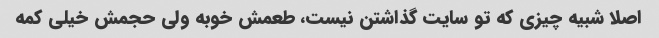
اصلا شبیه چیزی که تو سایت گذاشتن نیست، طعمش خوبه ولی حجمش خیلی کمه